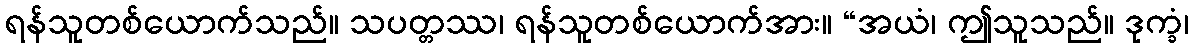
ရန်သူတစ်ယောက်သည်။ သပတ္တဿ၊ ရန်သူတစ်ယောက်အား။ “အယံ၊ ဤသူသည်။ ဒုက္ခံ၊